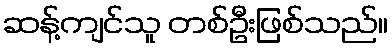
ဆန့်ကျင်သူ တစ်ဦးဖြစ်သည်။